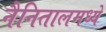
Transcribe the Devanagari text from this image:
नैनितालमध्ये